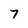
Character: 7